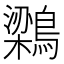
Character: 𮭊